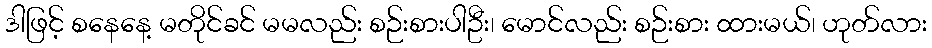
ဒါဖြင့် စနေနေ့ မတိုင်ခင် မမလည်း စဉ်းစားပါဦး၊ မောင်လည်း စဉ်းစား ထားမယ်၊ ဟုတ်လား